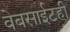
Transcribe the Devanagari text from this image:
वेबसाईटही